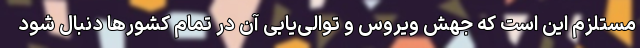
مستلزم این است که جهش ویروس و توالی‌یابی آن در تمام کشورها دنبال شود